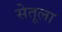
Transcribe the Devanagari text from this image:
सेतूला